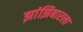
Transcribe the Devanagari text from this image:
झांझिबारला